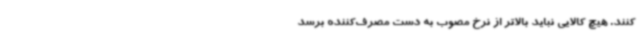
کنند. هیچ کالایی نباید بالاتر از نرخ مصوب به دست مصرف‌کننده برسد